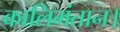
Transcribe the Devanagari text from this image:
कालिमंतान।